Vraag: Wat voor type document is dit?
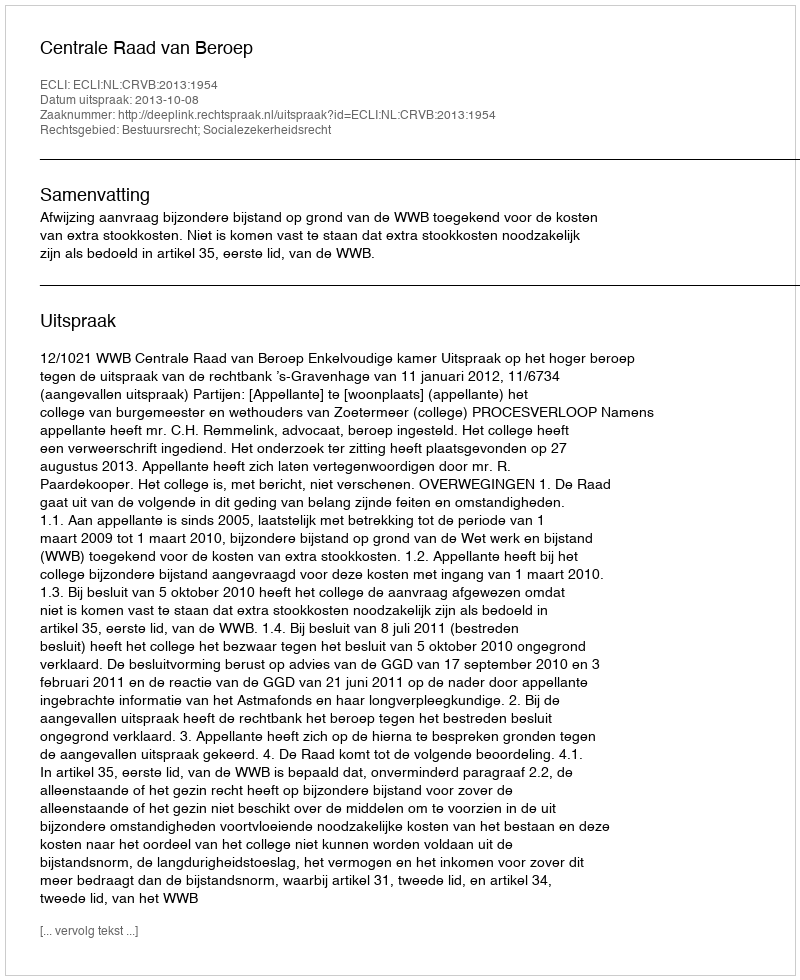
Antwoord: Uitspraak